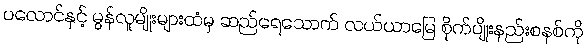
ပလောင်နှင့် မွန်လူမျိုးများထံမှ ဆည်ရေသောက် လယ်ယာမြေ စိုက်ပျိုးနည်းစနစ်ကို